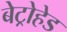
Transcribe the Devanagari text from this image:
बेट्रोहेड